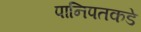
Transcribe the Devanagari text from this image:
पानिपतकडे